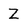
Character: Z